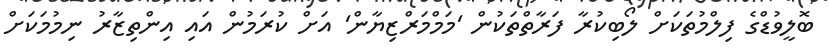
ބޮލީވުޑްގެ ފިލްމުތަކަށް ލޯބިކުރާ ފަރާތްތަކުން 'މަމްމަރްޒިޔާން' އަށް ކުރަމުން އައި އިންތިޒާރު ނިމުމަކަށް